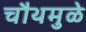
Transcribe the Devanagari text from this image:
चौथमुळे